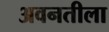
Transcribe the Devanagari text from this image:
अवनतीला